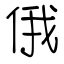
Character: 俄